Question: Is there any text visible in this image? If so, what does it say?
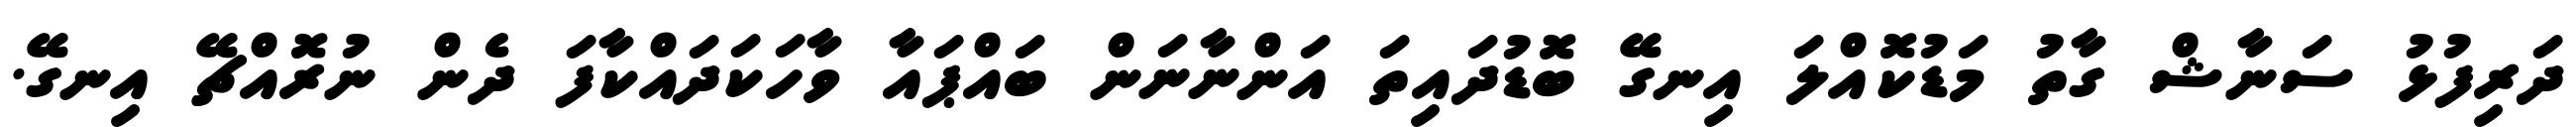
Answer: ދަރިފުޅު ސަނާޝް ގާތު މަޑުކޮއްލަ އިނގޭ ބޮޑުދައިތަ އަންނާނަން ބައްޕައާ ވާހަކަދައްކާފަ ދެން ނުރޮއްޗޭ އިނގޭ.